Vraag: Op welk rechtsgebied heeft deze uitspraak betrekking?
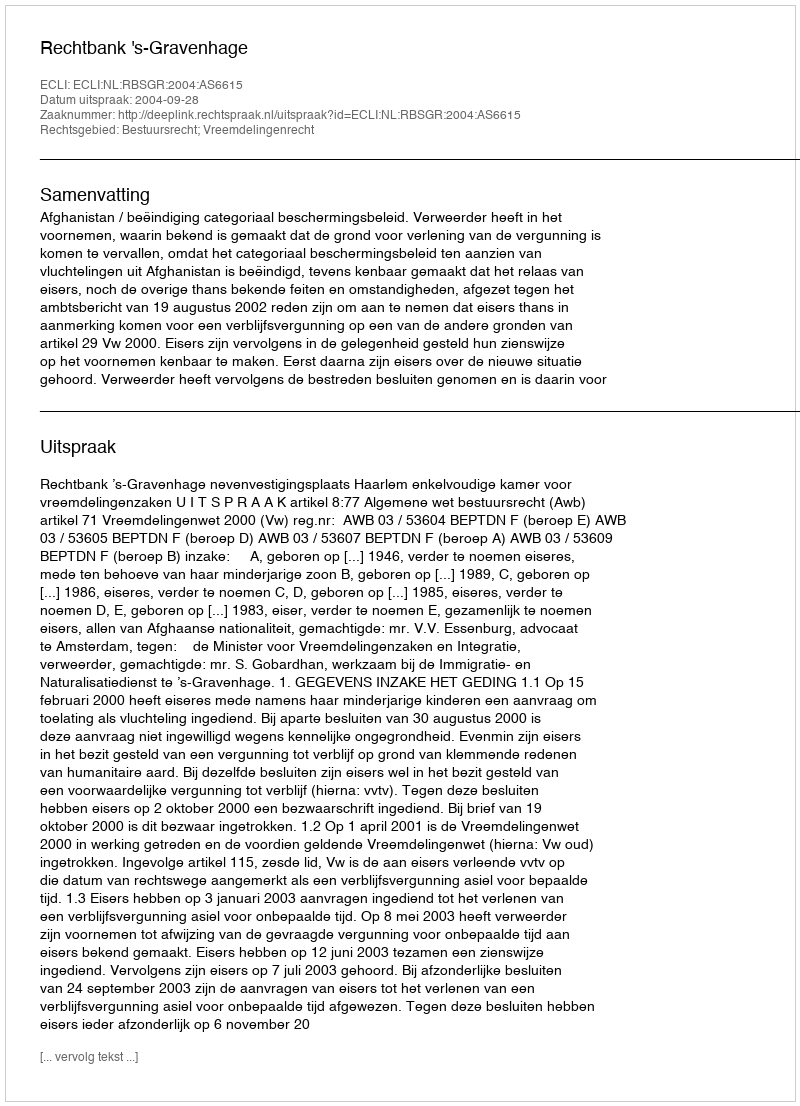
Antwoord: Bestuursrecht; Vreemdelingenrecht